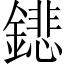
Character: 𨭍